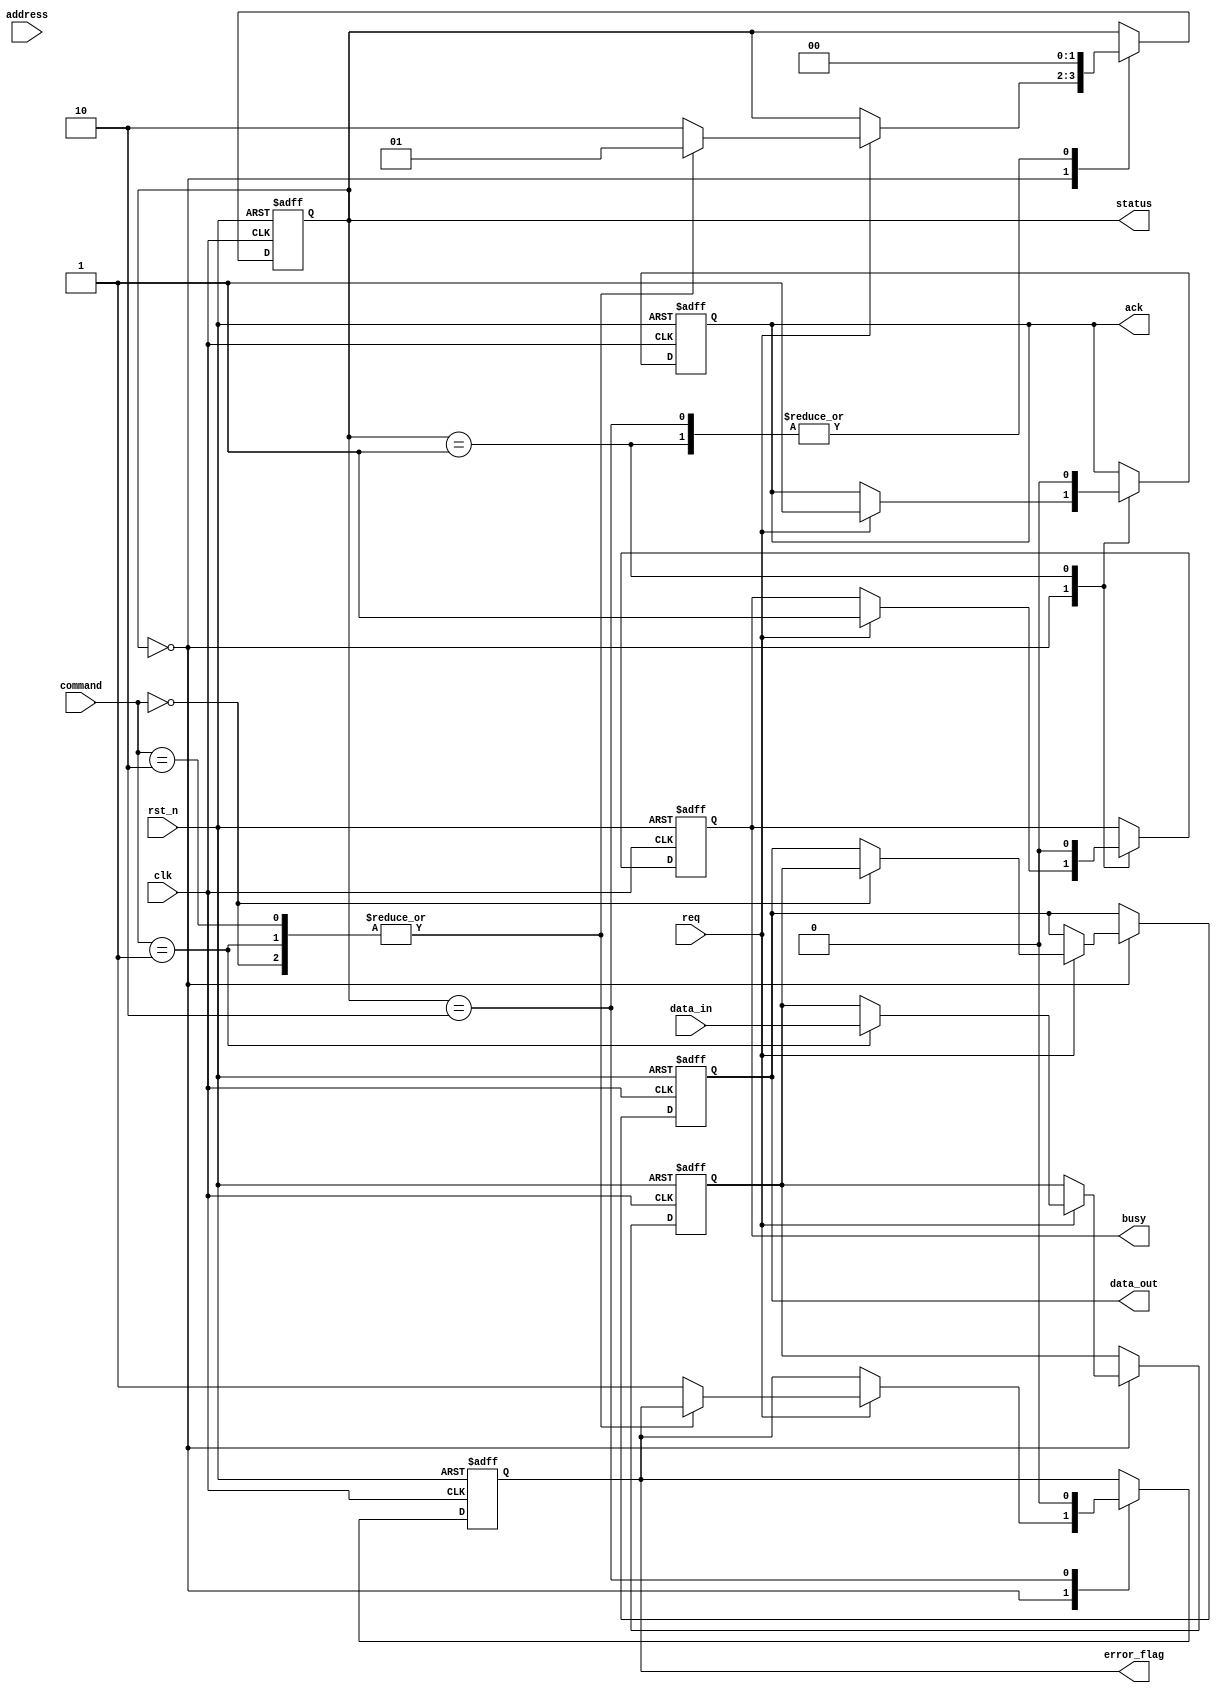
module SSD_IO_Block (
    input wire clk,                // Clock signal
    input wire rst_n,              // Active low reset
    input wire req,                // Request signal from host
    output reg ack,                // Acknowledge signal to host
    output reg busy,               // Busy signal
    input wire [31:0] address,     // Address bus (32-bit)
    input wire [31:0] data_in,     // Data input bus (32-bit)
    output reg [31:0] data_out,    // Data output bus (32-bit)
    output reg error_flag,          // Error status flag
    output reg [1:0] status,       // Status register (00: READY, 01: BUSY, 10: ERROR)
    input wire [1:0] command       // Command register (00: READ, 01: WRITE, 10: ERASE)
);

    // State definitions
    localparam READY = 2'b00;
    localparam BUSY = 2'b01;
    localparam ERROR = 2'b10;

    // Internal registers
    reg [31:0] data_latch;         // Data latch for incoming data
    reg [31:0] config_reg;         // Configuration register
    reg [31:0] error_status;       // Error status register

    // Initialization logic
    always @(posedge clk or negedge rst_n) begin
        if (!rst_n) begin
            status <= READY;
            busy <= 1'b0;
            ack <= 1'b0;
            error_flag <= 1'b0;
            data_out <= 32'b0;
            data_latch <= 32'b0;
            config_reg <= 32'h00000000; // Default configuration
        end else begin
            case (status)
                READY: begin
                    if (req) begin
                        busy <= 1'b1;
                        ack <= 1'b1; // Acknowledge the request
                        case (command)
                            2'b00: begin // READ command
                                // Simulate read operation
                                // Here you would normally read from NAND flash
                                data_out <= data_latch; // Output data
                                status <= BUSY;
                            end
                            2'b01: begin // WRITE command
                                // Capture incoming data
                                data_latch <= data_in;
                                // Simulate write operation
                                // Here you would normally write to NAND flash
                                status <= BUSY;
                            end
                            2'b10: begin // ERASE command
                                // Simulate erase operation
                                // Here you would normally erase NAND flash
                                status <= BUSY;
                            end
                            default: begin
                                error_flag <= 1'b1; // Set error flag for invalid command
                                status <= ERROR;
                            end
                        endcase
                    end
                end
                BUSY: begin
                    // Simulate operation duration
                    // After some time, return to READY state
                    busy <= 1'b0;
                    ack <= 1'b0;
                    status <= READY;
                end
                ERROR: begin
                    // Handle error state
                    // Reset error flag and return to READY state
                    error_flag <= 1'b0;
                    status <= READY;
                end
            endcase
        end
    end

endmodule